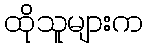
ထိုသူများက